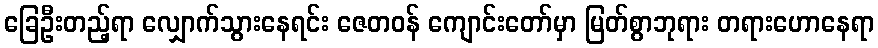
ခြေဦးတည့်ရာ လျှောက်သွားနေရင်း ဇေတဝန် ကျောင်းတော်မှာ မြတ်စွာဘုရား တရားဟောနေရာ